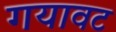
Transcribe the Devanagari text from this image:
गयावट